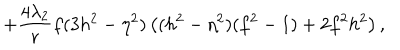
LaTeX: + \frac { 4 \lambda _ { 2 } } { r } f ( 3 h ^ { 2 } - \eta ^ { 2 } ) \left( ( h ^ { 2 } - \eta ^ { 2 } ) ( f ^ { 2 } - 1 ) + 2 f ^ { 2 } h ^ { 2 } \right) ,